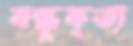
বন্ধুকৃত্য